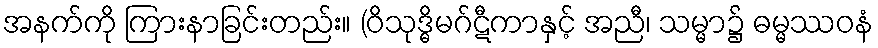
အနက်ကို ကြားနာခြင်းတည်း။ (ဝိသုဒ္ဓိမဂ်ဋီကာနှင့် အညီ၊ သမ္မာ၌ ဓမ္မဿဝနံ